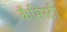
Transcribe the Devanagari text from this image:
कैमिस्टी